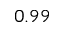
0 . 9 9